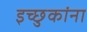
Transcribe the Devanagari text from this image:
इच्छुकांना